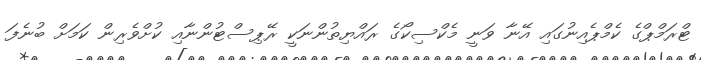
ޓްރަމްޕްގެ ކެމްޕެއިނުގައި އޭނާ ވަނީ މެކްސިކޯގެ ރައްޔިތުންނަކީ ރޭޕިސްޓުންނާއި ކުށްވެރިން ކަމަށް ބުނެފަ